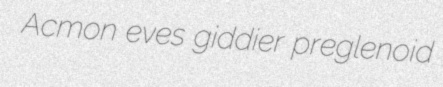
Acmon eves giddier preglenoid